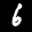
Label: 6